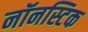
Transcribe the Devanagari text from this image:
नॉनस्टिक